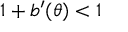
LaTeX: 1 + b ^ { \prime } ( \theta ) < 1